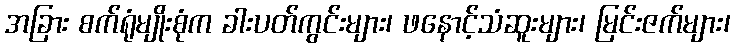
အခြား စက်ရုံမျိုးစုံက ခါးပတ်ကွင်းများ၊ ဖနောင့်သံဆူးများ၊ မြင်းဇက်များ၊